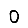
Digit: 0